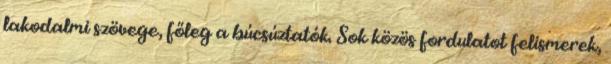
lakodalmi szövege, főleg a búcsúztatók. Sok közös fordulatot felismerek,